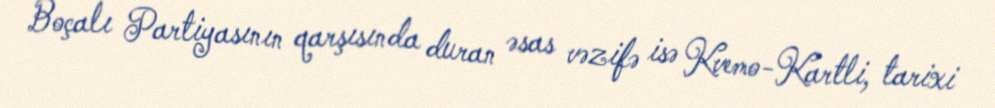
Boçalı Partiyasının qarşısında duran əsas vəzifə isə Kvemo-Kartli, tarixi